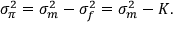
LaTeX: \sigma _ { \pi } ^ { 2 } = \sigma _ { m } ^ { 2 } - \sigma _ { f } ^ { 2 } = \sigma _ { m } ^ { 2 } - K .